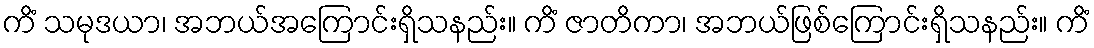
ကိံ သမုဒယာ၊ အဘယ်အကြောင်းရှိသနည်း။ ကိံ ဇာတိကာ၊ အဘယ်ဖြစ်ကြောင်းရှိသနည်း။ ကိံ